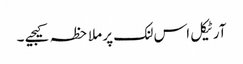
آرٹیکل اس لنک پر ملاحظہ کیجیے ۔